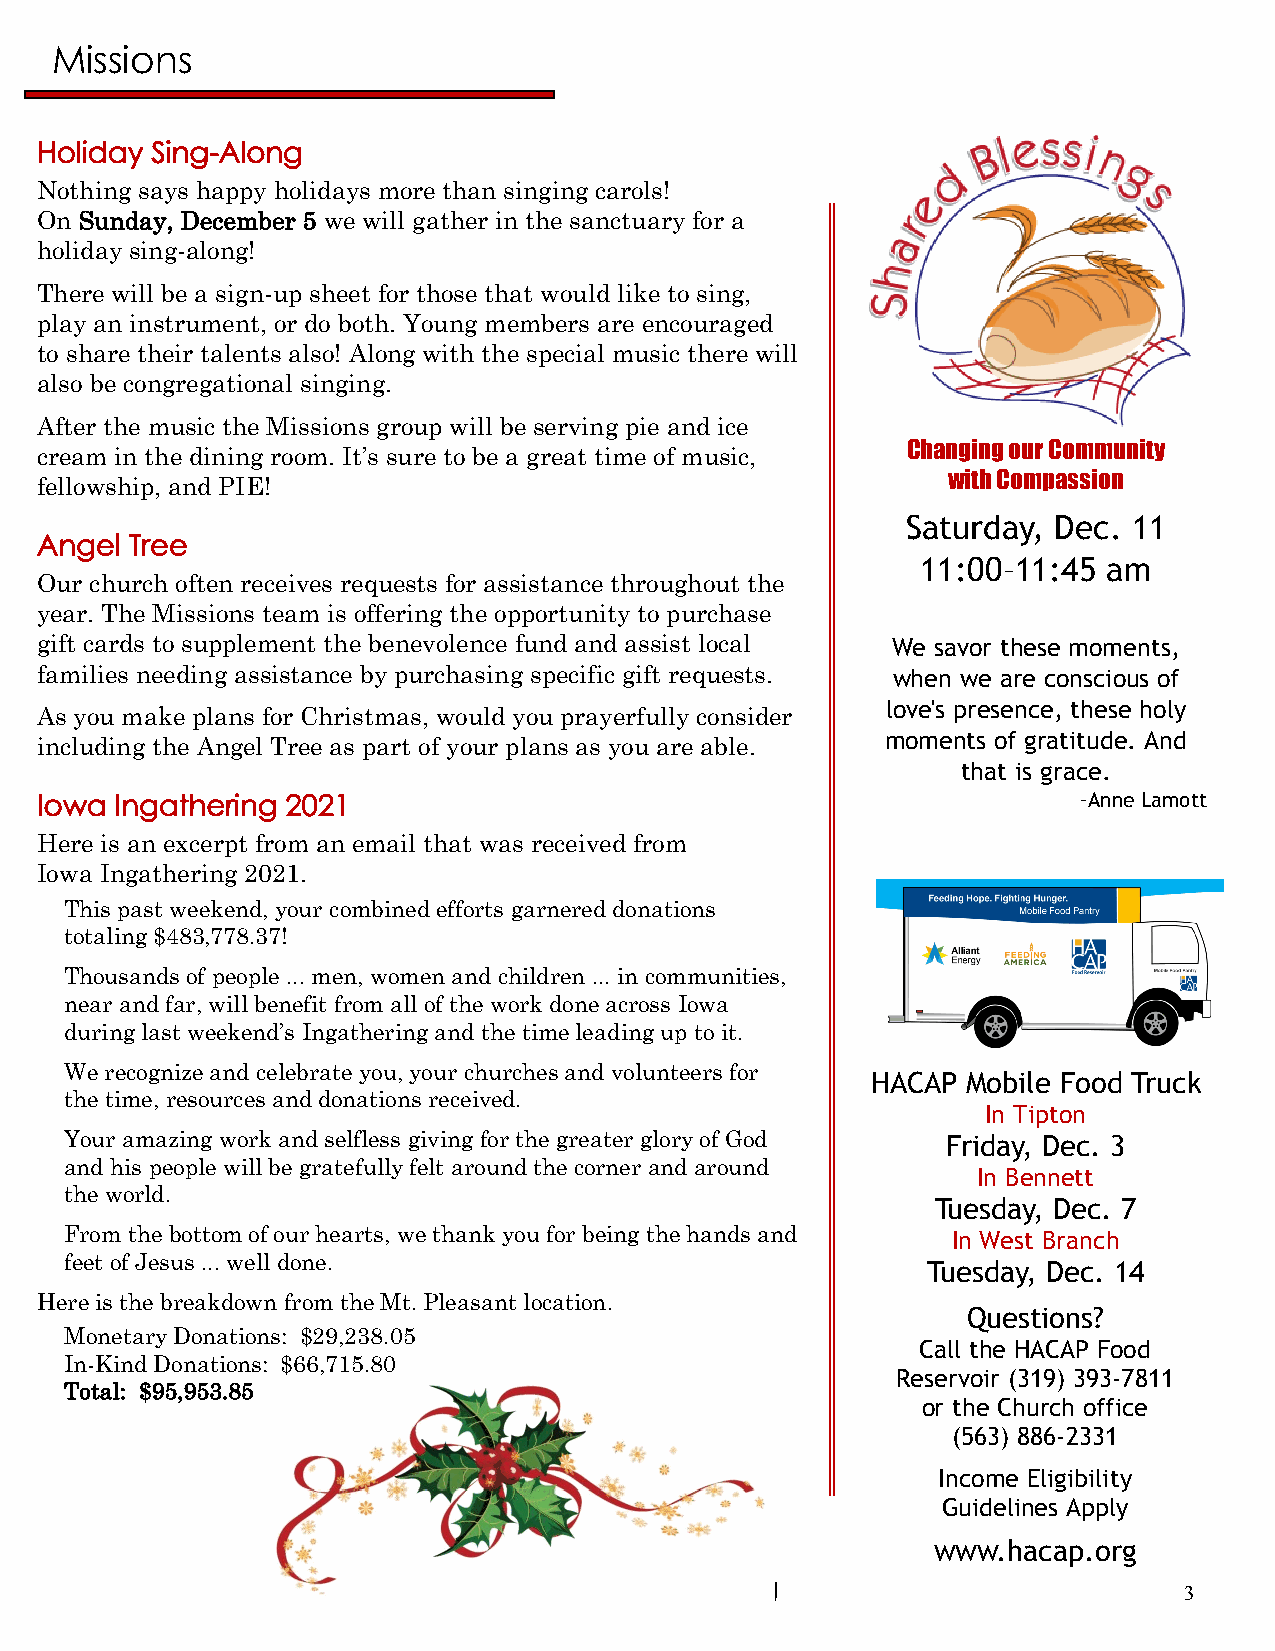
Missions
 Holiday Sing-Along
 Nothing says happy holidays more than singing carols!
 On Sunday, December 5 we will gather in the sanctuary for a
 holiday sing-along!
 There will be a sign-up sheet for those that would like to sing,
 play an instrument, or do both. Young members are encouraged
 to share their talents also! Along with the special music there will
 also be congregational singing.
 After the music the Missions group will be serving pie and ice
 Changing our Community
 cream in the dining room. It’s sure to be a great time of music,
 fellowship, and PIE!
 with Compassion
 Saturday, Dec. 11
 Angel  Tree
 11:00–11:45 am
 Our church often receives requests for assistance throughout the
 year. The Missions team is offering the opportunity to purchase
 gift cards to supplement the benevolence fund and assist local We savor these moments,
 families needing assistance by purchasing specific gift requests. when we are conscious of
 love's presence, these holy
 As you make plans for Christmas, would you prayerfully consider
 including the Angel Tree as part of your plans as you are able. moments of gratitude. And
 that is grace.
 Iowa  Ingathering 2021                                                –Anne Lamott
 Here is an excerpt from an email that was received from
 Iowa Ingathering 2021.
 This past weekend, your combined efforts garnered donations
 totaling $483,778.37!
 Thousands of people ... men, women and children ... in communities,
 near and far, will benefit from all of the work done across Iowa
 during last weekend’s Ingathering and the time leading up to it.
 We recognize and celebrate you, your churches and volunteers for
 HACAP Mobile Food Truck
 the time, resources and donations received.
 In Tipton
 Your amazing work and selfless giving for the greater glory of God Friday, Dec. 3
 and his people will be gratefully felt around the corner and around
 In Bennett
 the world.
 Tuesday, Dec. 7
 From the bottom of our hearts, we thank you for being the hands and In West Branch
 feet of Jesus ... well done.
 Tuesday, Dec. 14
 Here is the breakdown from the Mt. Pleasant location.
 Questions?
 Monetary Donations: $29,238.05
 Call the HACAP Food
 In-Kind Donations: $66,715.80
 Reservoir (319) 393-7811
 Total: $95,953.85
 or the Church office
 (563) 886-2331
 Income Eligibility
 Guidelines Apply
 www.hacap.org
 www.tiptonumc.org
 3